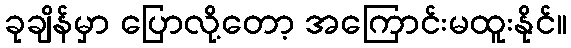
ခုချိန်မှာ ပြောလို့တော့ အကြောင်းမထူးနိုင်။